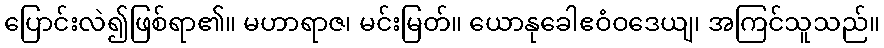
ပြောင်းလဲ၍ဖြစ်ရာ၏။ မဟာရာဇ၊ မင်းမြတ်။ ယောနုခေါဧဝံဝဒေယျ၊ အကြင်သူသည်။